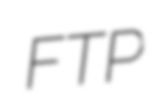
FTP